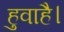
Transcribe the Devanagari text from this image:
हुवाहै।